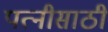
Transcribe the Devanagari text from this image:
पत्नीसाठी